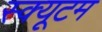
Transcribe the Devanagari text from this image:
स्क्यूटम